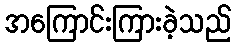
အကြောင်းကြားခဲ့သည်